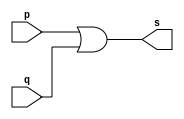
// ------------------------- 
// Exemplo0004 - OR 
// Nome: Fabio Fiuza Pereira 
// ------------------------- 
// ------------------------- 
// -- or gate 
// ------------------------- 
module orgate ( output s, 
input p, q); 
assign s = p | q; 
endmodule // orgate 
// --------------------- 
// -- test or gate 
// --------------------- 
module testorgate; 
// ------------------------- dados locais 
reg a, b; // definir registradores 
wire s; // definir conexao (fio) 
// ------------------------- instancia 
orgate OR1 (s, a, b); 
// ------------------------- preparacao 
initial begin:start 
// atribuicao simultanea 
// dos valores iniciais 
a=0; b=0; 
end 
// ------------------------- parte principal 
initial begin 
$display("Exemplo0004 - Fabio Fiuza Pereira - 406087"); 
$display("Test OR gate"); 
$display("\na & b = s\n"); 
a=0; b=0; 
#1 $display("%b & %b = %b", a, b, s); 
a=0; b=1; 
#1 $display("%b & %b = %b", a, b, s); 
a=1; b=0; 
#1 $display("%b & %b = %b", a, b, s); 
a=1; b=1; 
#1 $display("%b & %b = %b", a, b, s); 
end 
endmodule // testorgate